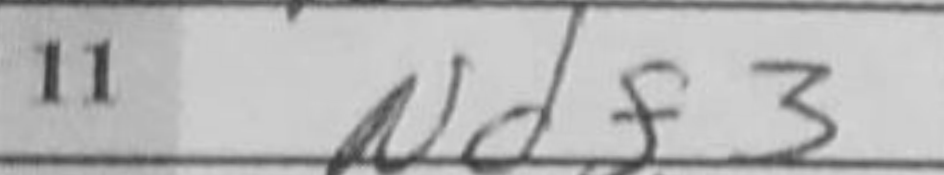
Transcription: Ndf3